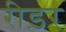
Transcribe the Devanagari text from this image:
रीड़र